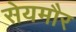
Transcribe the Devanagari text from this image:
सेयमौर